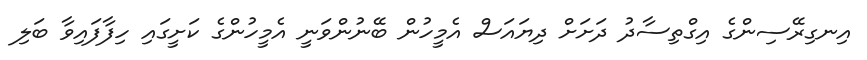
އިނގިރޭސިންގެ އިގްތިސާދު ދަށަށް ދިޔައަސް އެމީހުން ބޭނުންވަނީ އެމީހުންގެ ކަށީގައި ހިފާފައިވާ ބަލި